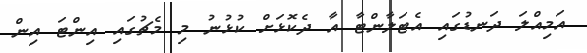
އަމިއްލަ ދަނޑުގައި އެޓަލާންޓާ އާ ދެކޮޅަށް ކުޅުނު މި މެޗުގައި އިންޓަ އިން